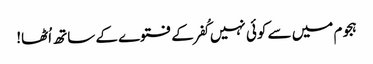
ہجوم میں سے کوئی نہیں کُفر کے فتوے کے ساتھ اُٹھا!